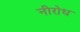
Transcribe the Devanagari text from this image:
नीरोध